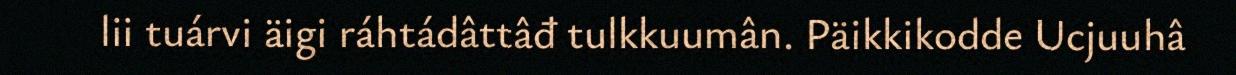
lii tuárvi äigi ráhtádâttâđ tulkkuumân. Päikkikodde Ucjuuhâ